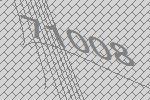
71008